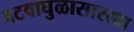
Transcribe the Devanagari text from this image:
वटवाघुळासारखा